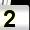
Digit: 2